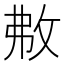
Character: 㪄